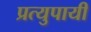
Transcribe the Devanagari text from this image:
प्रत्युपायी